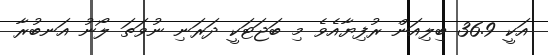
އަކީ 36.9 ބިލިއަން ރުފިޔާއެވެ މި ބަޖަޓަކީ ދަރަނި ނުވަތަ ލޯނު އަނބުރާ